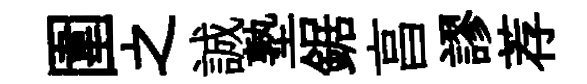
圍之誠塾鋸亯謬荐